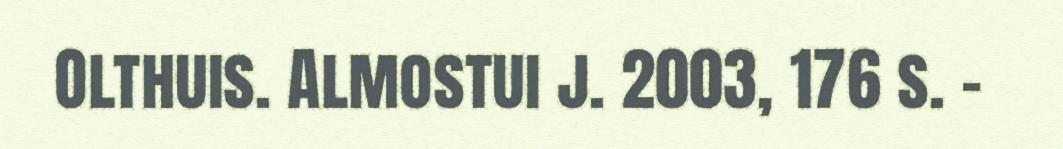
Olthuis. Almostui j. 2003, 176 s. –